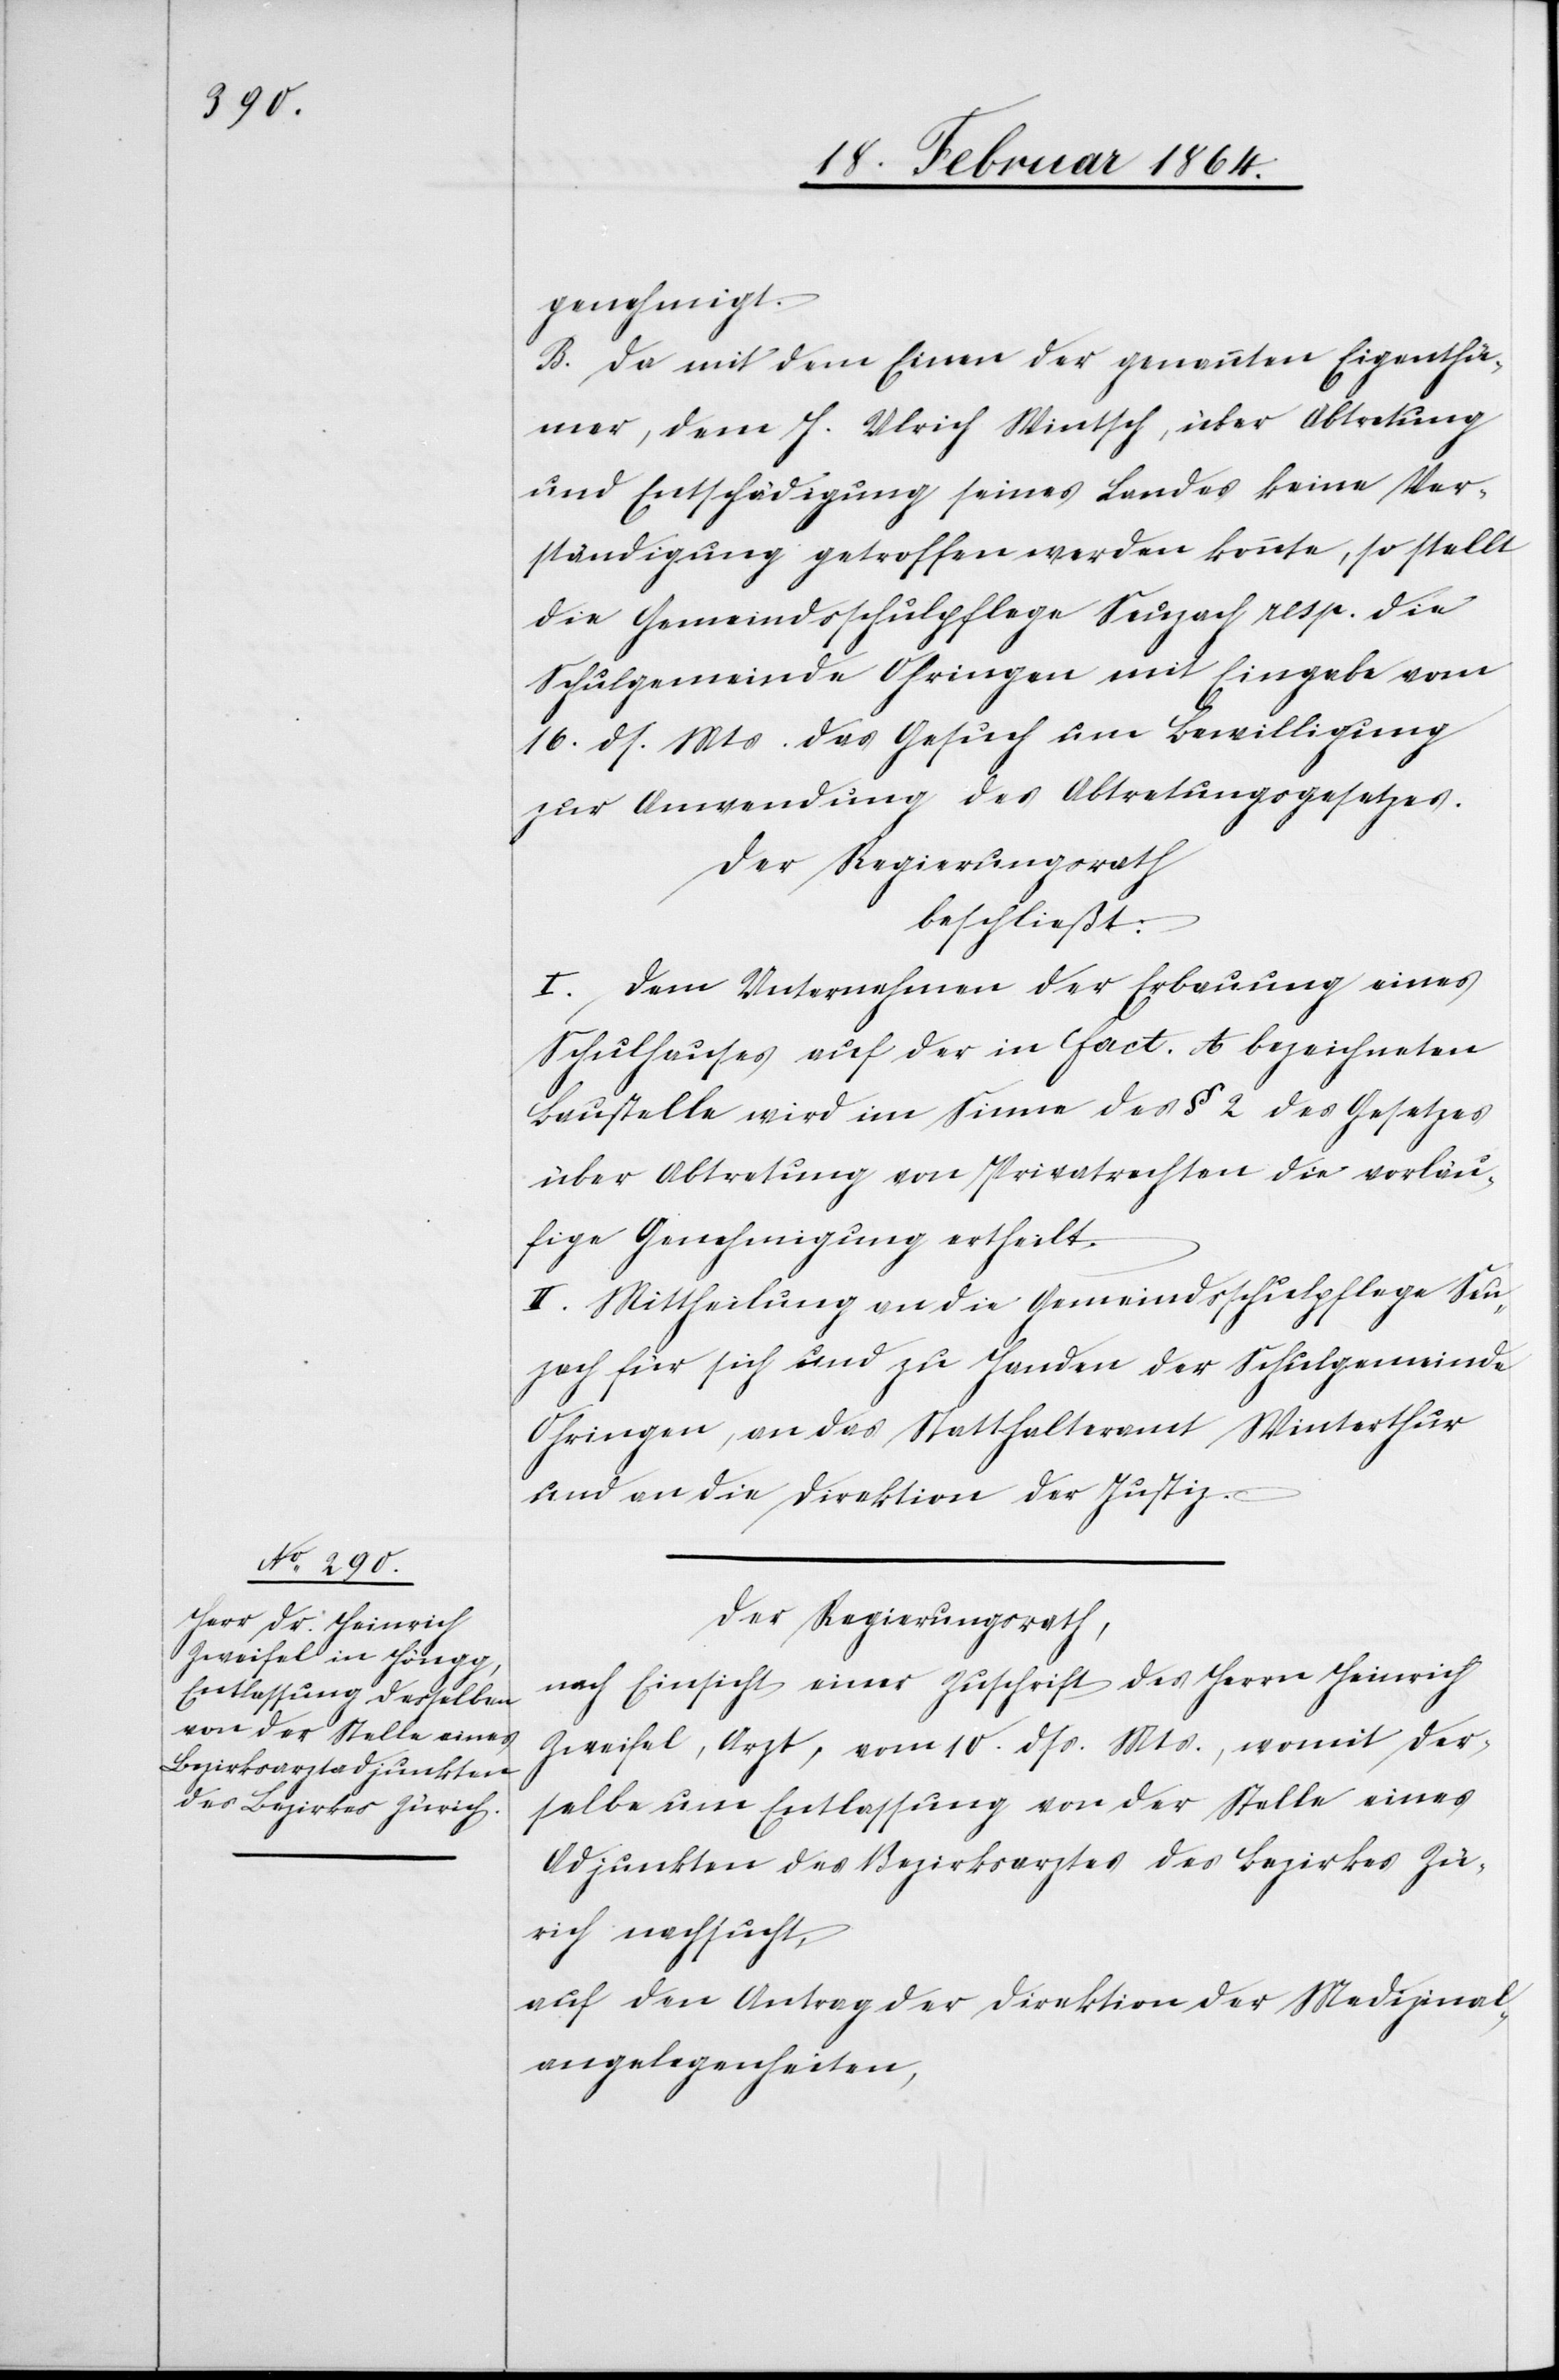
genehmigt.
B. Da mit dem Einen der genannten Eigenthü¬
mer, dem J. Ulrich Wintsch, über Abtretung
und Entschädigung seines Landes keine Ver¬
ständigung getroffen werden konnte, so stellt
die Gemeindsschulpflege Seuzach resp. die
Schulgemeinde Ohringen mit Eingabe vom
16. ds. Mts. das Gesuch um Bewilligung
zur Anwendung des Abtretungsgesetzes.
Der Regierungsrath
beschließt:
I. Dem Unternehmen der Erbauung eines
Schulhauses auf der in fact. A bezeichneten
Baustelle wird im Sinne des § 2 des Gesetzes
über Abtretung von Privatrechten die vorläu¬
fige Genehmigung ertheilt.
II. Mittheilung an die Gemeindschulpflege Seu¬
zach für sich und zu Handen der Schulgemeinde
Ohringen, an das Statthalteramt Winterthur
und an die Direktion der Justiz.
Der Regierungsrath,
nach Einsicht einer Zuschrift des Herrn Heinrich
Zweifel, Arzt, vom 10. dss. Mts., womit der¬
selbe um Entlassung von der Stelle eines
Adjunkten des Bezirksrathes des Bezirkes Zü¬
rich nachsucht,
auf den Antrag der Direktion der Medizinal¬
angelegenheiten,